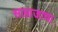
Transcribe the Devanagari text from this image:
साम्राजाचा